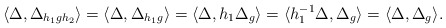
\begin{align*} \langle\Delta, \Delta_{h_1 g h_2}\rangle = \langle\Delta, \Delta_{h_1 g}\rangle= \langle\Delta, h_1\Delta_g\rangle= \langle h_1^{-1}\Delta, \Delta_g\rangle= \langle\Delta, \Delta_g\rangle.\end{align*}